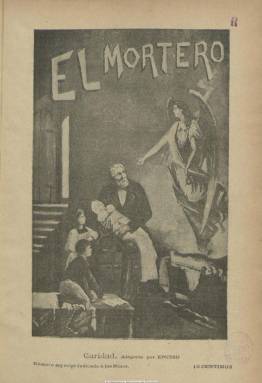
Título: El Mortero (Madrid)
Colección: Revistas satíricas y humorísticas
Ámbito geográfico: Madrid
Lugar de publicación: Madrid
Fechas: 01/01/1896-27/12/1897

Es fundado y dirigido por el maestro nacional Juan Fraile Miguélez y aparece el uno de julio de 1894. Con el subtítulo “machaqueo semanal satírico ilustrado de primera enseñanza”, es una publicación especializada que combina la información formal sobre educación con textos y comentarios de estilo crítico-festivo sobre los mismos asuntos. En sus primeros números inserta un manual para aspirantes a maestros y la colección de la Biblioteca Nacional comienza en su tercer año de publicación, en enero de 1896, con un número especial dedicado a los niños, en el que inserta una partitura musical, al final, y cuyos beneficios de venta son donados a la Caja de Beneficencia del Magisterio de Primera Enseñanza.

Sus entregas son de 16 páginas, compuestas a una columna, y aparte de algunas viñetas decorativas en su interior, su ilustración se reduce a un grabado en la portada, generalmente retratos o caricaturas de maestros, maestras, directores de centros de enseñanza y de periódicos dedicados a la enseñanza, algún personaje célebre relacionado con la materia o el ministro del ramo de turno, sobre los que introduce una semblanza.

Cada entrega comienza con el sumario y frece sobre todo información y noticias sobre el movimiento, vacantes, oposiciones y nombramientos del personal docente; y tiene diversas secciones que mantendrá a lo largo de su vida, como Machaqueo y Morterazos, escritas con estilo desenfadado y firmadas por Fray Mortero y Fray Miguélez, respectivamente, seudónimos del director, que utiliza también el de Fray Juan de Miguel, aún no siendo religioso, como si lo era su hermano Manuel, que era agustino. Otras seccione son Crónica enciclopédica, en donde ofrece textos de divulgación de esta índole y de inventos; una oficial con disposiciones y legislación sobre enseñanza, otra bibliográfica y la denominada “Hechos laudables”. Al final suele insertar una relación de obras bibliográficas en venta. Todo ello lo sazona con textos de creación literaria, como cuentos y versos.

Contaba para sus ilustraciones con el dibujante García Enciso y para su administración y como copropietario con Isidro Sánchez Covisa. El periódico se proclamaba “campo abierto a todas las opiniones”, y aunque la mayor parte de las firmas son seudónimos, aparecen textos de Narciso Campillo, del agustino Francisco Blanco y García, Manuel de Palacio, Rosario de Acuña, Leonor Ruiz de Caravantes, Eduardo Vincenti (consejero de Instrucción Pública), José Fernández Bremón, Manuel Ossorio Bernard, Pedro Arnó Pausas o del citado Sánchez Covisa, entre otros.

A partir del once de abril de 1897, reduce el subtítulo a “semanario ilustrado de primera enseñanza”, compuesto ahora a dos columnas, pero repitiendo en sus portadas la misma ilustración, una alegoría de la sabiduría. El 173 es el último número de la colección, correspondiente al 27 de diciembre de 1897. Fraile Miguélez, que fallece el 23 de septiembre de 1898, fue también crítico literario de La unión católica (1887-1899) y Diario de avisos de Madrid (1825-1918), y se le conoció como autor de Cascotes y machaqueos: pulverizaciones a Valbuena y Clarín (1892), una intransigente crítica al lenguaje del escritor asturiano.